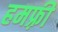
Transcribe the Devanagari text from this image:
हमफ़्री